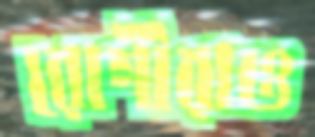
রোগীরাও